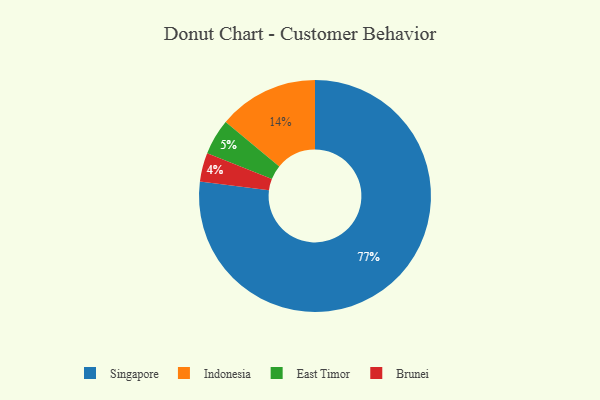
{"axis": {"x": "Category", "y": "Percentage"}, "legend": ["Brunei", "East Timor", "Indonesia", "Singapore"], "data": [{"x": "Singapore", "y": 77, "type": "Singapore"}, {"x": "Brunei", "y": 4, "type": "Brunei"}, {"x": "Indonesia", "y": 14, "type": "Indonesia"}, {"x": "East Timor", "y": 5, "type": "East Timor"}]}